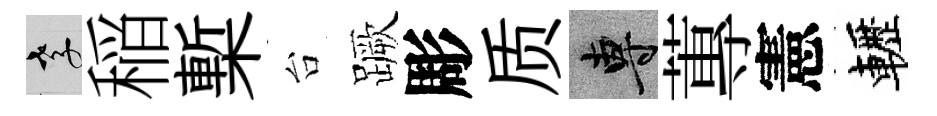
孝稲槧台蹶彫质專蓴憲轣